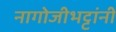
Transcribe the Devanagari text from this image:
नागोजीभट्टांनी